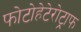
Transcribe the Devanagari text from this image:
फोटोहेटेरोट्राफ